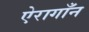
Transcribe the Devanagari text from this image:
ऐरागाँन